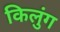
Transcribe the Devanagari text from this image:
किलुंग